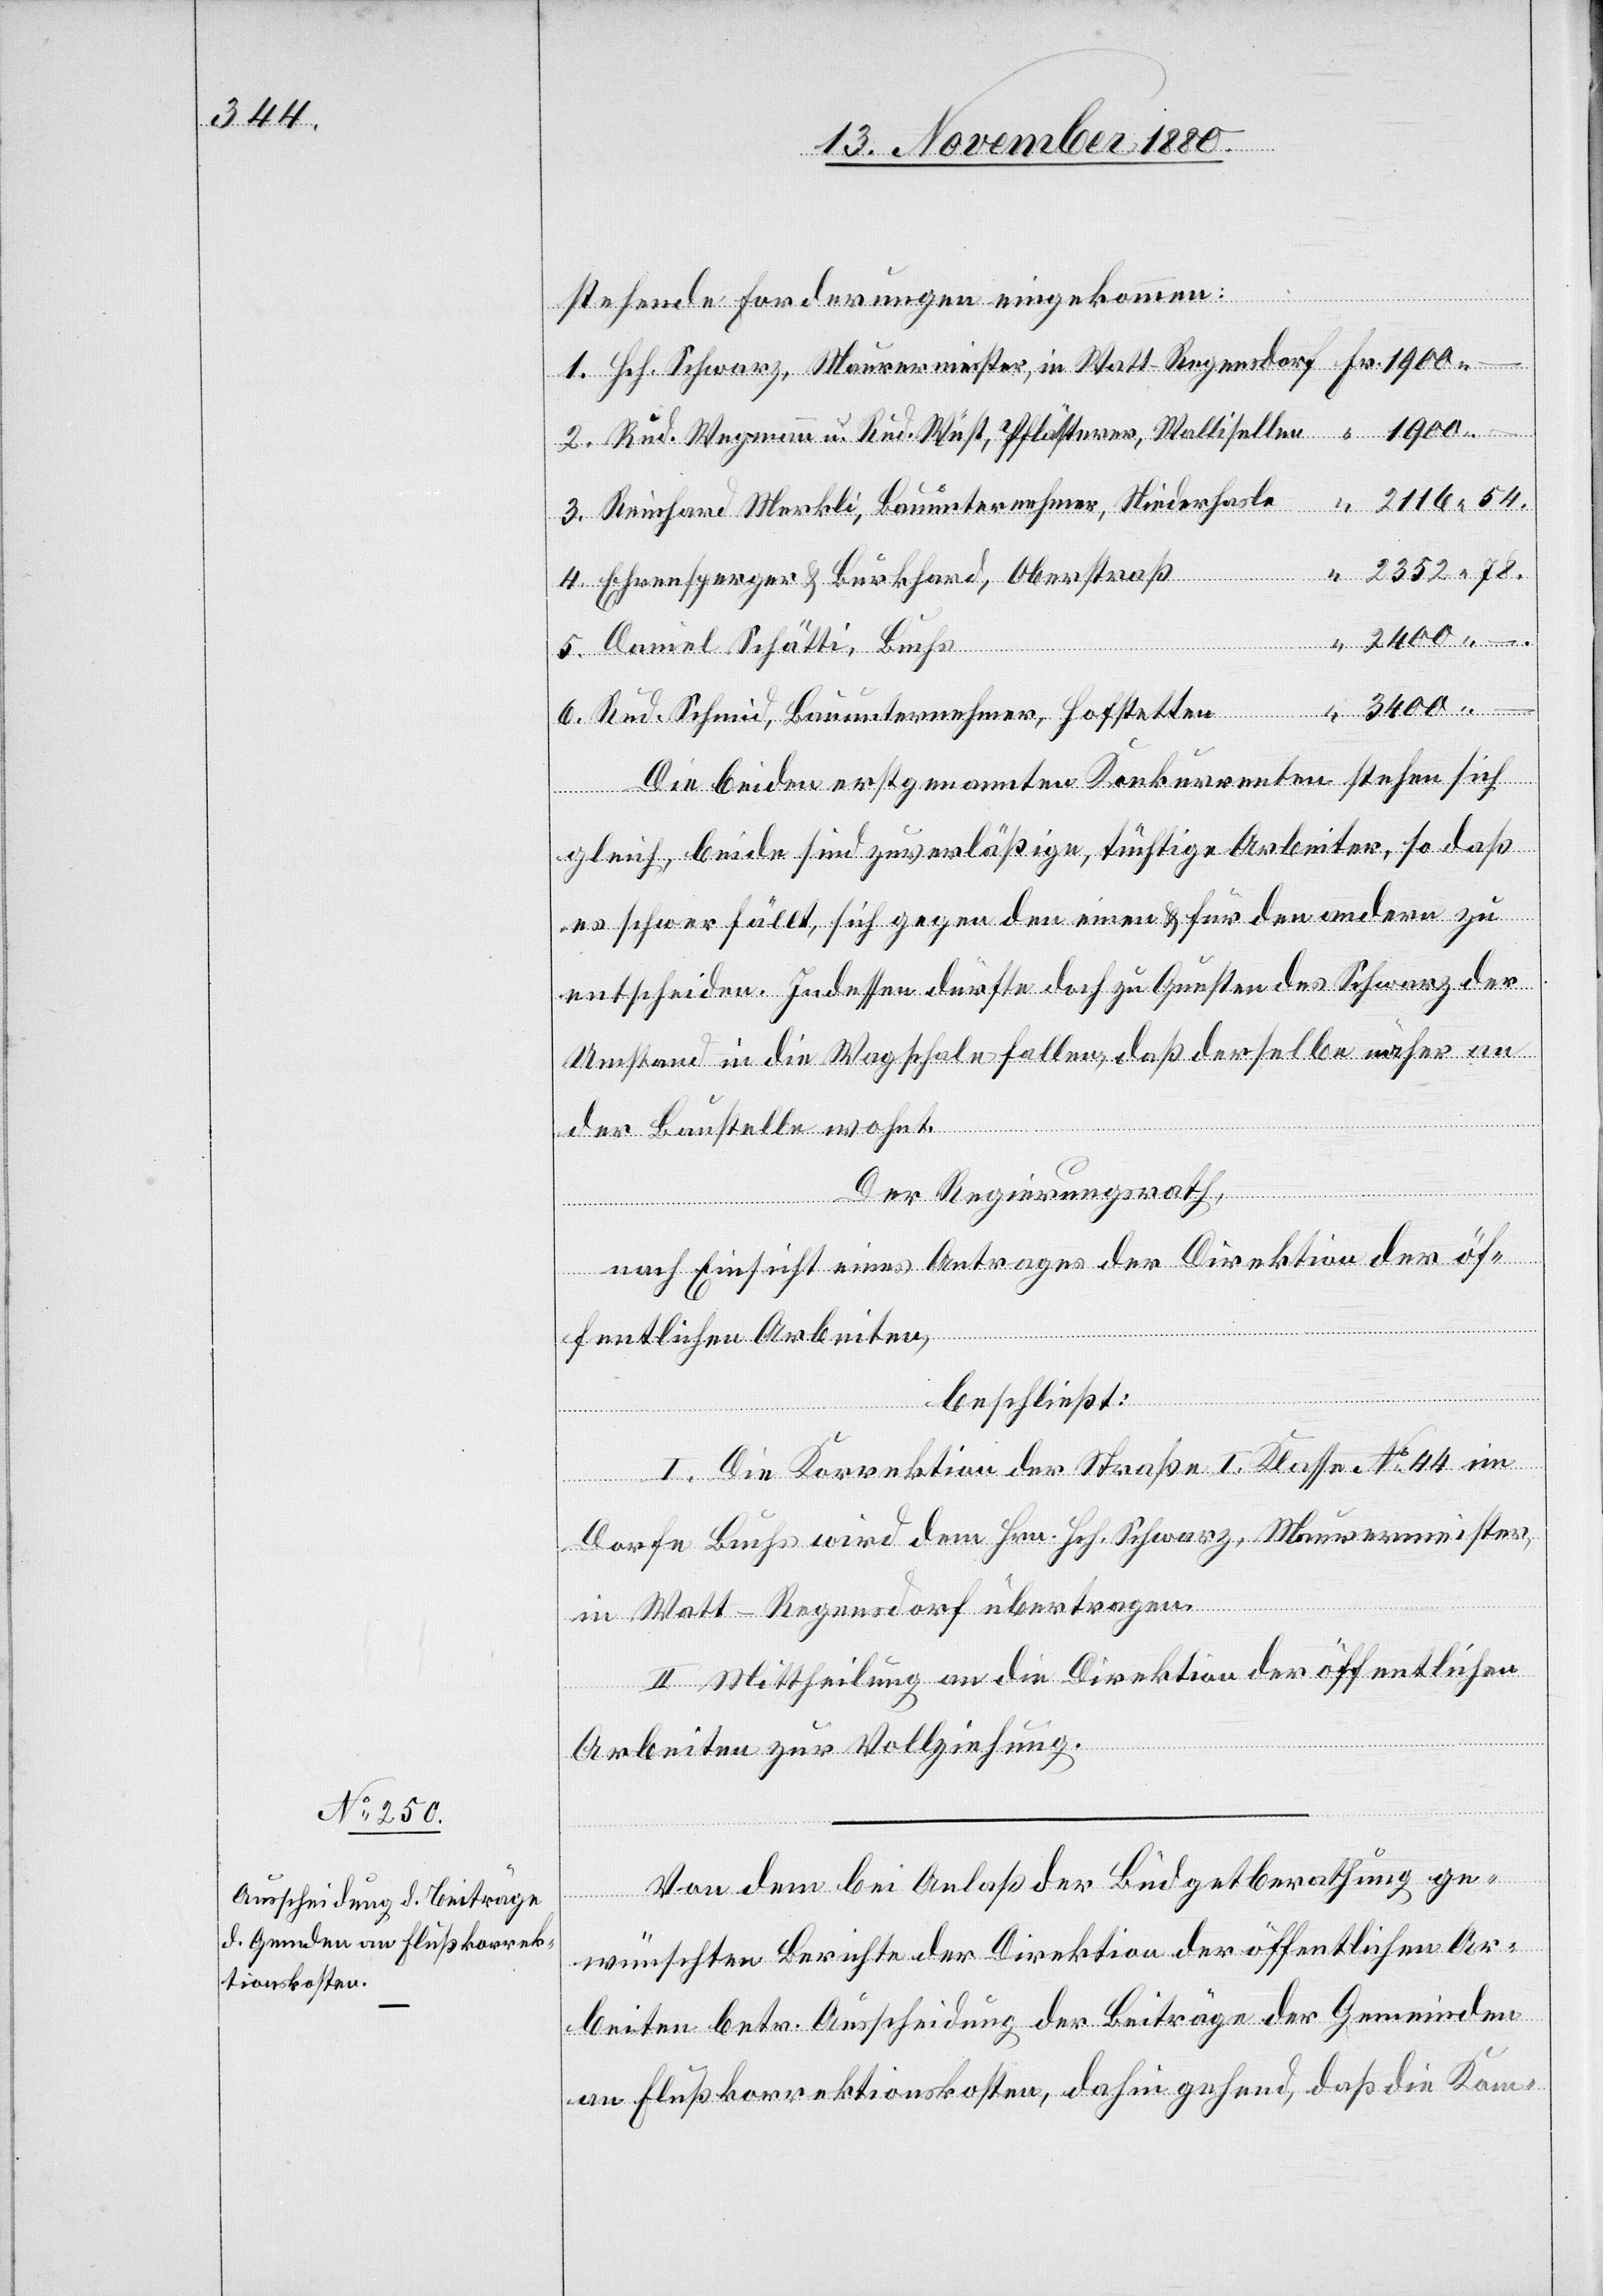
stehende Forderungen eingekommen:
3400
–.
Rud. Wegmann u. Rud. Wüst, Pflästerer, Wallisellen
6.
Mau¬
Reinhard Merkli, Bauunternehmer, Niederhasle
Ehrensperger & Burkhard, Oberstraß
Daniel Schätti, Buchs
rermeister,
Rud. Schmid, Bauunternehmer, Hofstetten
Die beiden erstgenannten Konkurrenten stehen sich
gleich, beide sind zuverläßige, tüchtige Arbeiter, so daß
es schwer fällt, sich gegen den einen & für den andern zu
entscheiden. Indessen dürfte doch zu Gunsten des Schwarz der
Umstand in die Wagschale fallen, daß derselbe näher an
der Baustelle wohnt.
Der Regierungsrath,
nach Einsicht eines Antrages der Direktion der öf¬
fentlichen Arbeiten,
beschließt:
I. Die Korrektion der Straße I. Klasse No 44 im
Dorfe Buchs wird dem Hrn. Hch. Schwarz, Maurermeister,
in Watt - Regensdorf übertragen.
II. Mittheilung an die Direktion der öffentlichen
Arbeiten zur Vollziehung.
Von dem bei Anlaß der Büdgetberathung ge¬
wünschten Berichte der Direktion der öffentlichen Ar¬
beiten betr. Ausschreibung der Beiträge der Gemeinden
an Flußkorrektionskosten, dahin gehend, daß die Kom-

“

in